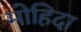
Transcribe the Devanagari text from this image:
मोहिदा